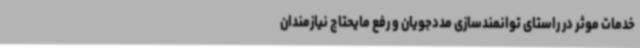
خدمات موثر در راستای توانمندسازی مددجویان و رفع مایحتاج نیازمندان